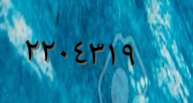
٢٢٠٤٣١٩